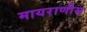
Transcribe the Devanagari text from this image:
मायराणीस